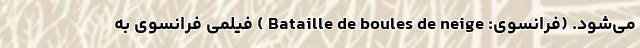
می‌شود. (فرانسوی: Bataille de boules de neige ) فیلمی فرانسوی به